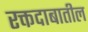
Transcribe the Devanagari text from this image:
रक्तदाबातील